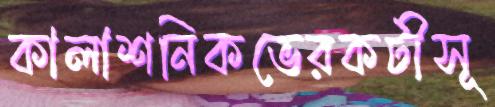
কালাশনিকভেরকটীসূ